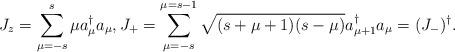
LaTeX: \begin{align*}J_z = \sum\limits_{\mu = -s}^{s} \mu a_{\mu}^{\dagger} a_{\mu},J_+ = \sum\limits_{\mu = -s}^{\mu = s - 1} \sqrt{(s + \mu + 1)(s - \mu)} a_{\mu + 1}^{\dagger} a_ {\mu} = (J_-)^{\dagger}.\end{align*}